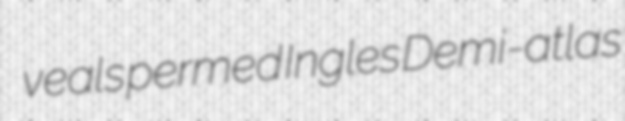
veals permed Ingles Demi-atlas